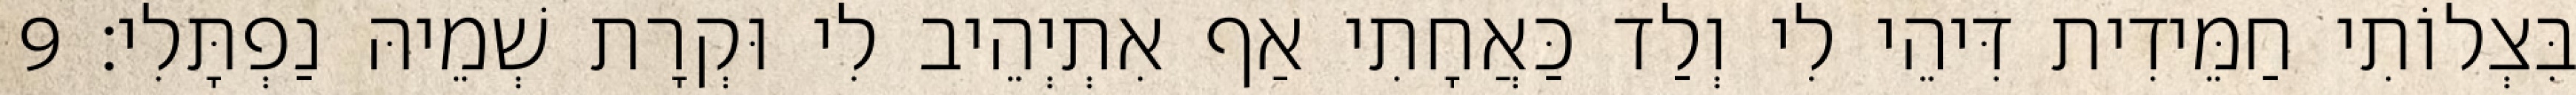
בִּצְלוֹתִי חַמֵּידִית דִּיהֵי לִי וְלַד כַּאֲחָתִי אַף אִתְיְהֵיב לִי וּקְרָת שְׁמֵיהּ נַפְתָּלִי׃ 9